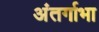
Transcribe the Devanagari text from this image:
अंतर्गाभा